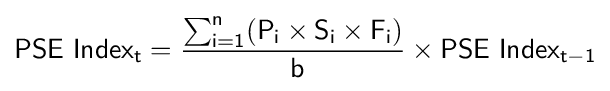
{\mathsf {PSE\ Index_{t}={\textstyle \sum _{i=1}^{n}(P_{i}\times S_{i}\times F_{i})\displaystyle  \over \ b}\times PSE\ Index_{t-1}}}